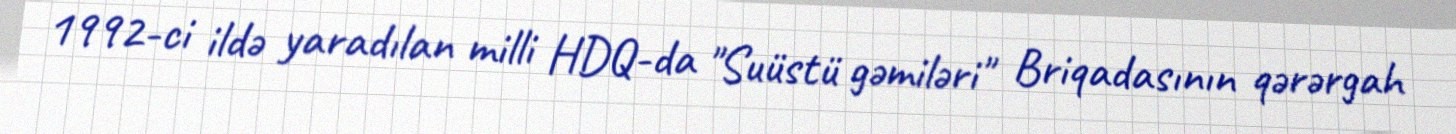
1992-ci ildə yaradılan milli HDQ-da "Suüstü gəmiləri" Briqadasının qərərgah